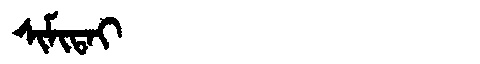
Manchu: ᠰᡳᠮᡳᡨᠠᡳ
Romanization: SIMITAI